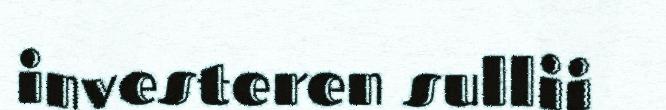
investeren sullii